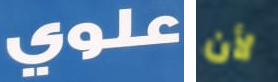
علوي لأن